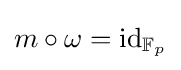
m\circ \omega =\mathrm {id} _{\mathbb {F} _{p}}